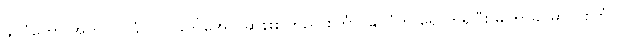
နိုင်ငံတော် အတိုင်ပင်ခံပုဂ္ဂိုလ်ဒေါ်အောင်ဆန်းစုကြည် စင်္ကာပူနိုင်ငံကို ရောက်ရှိပြီး မကြာခင်မှာပဲ စင်္ကာပူ